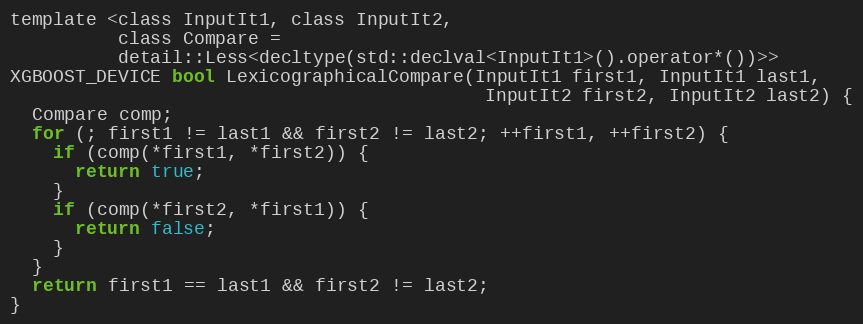
Language: C
template <class InputIt1, class InputIt2,
          class Compare =
          detail::Less<decltype(std::declval<InputIt1>().operator*())>>
XGBOOST_DEVICE bool LexicographicalCompare(InputIt1 first1, InputIt1 last1,
                                            InputIt2 first2, InputIt2 last2) {
  Compare comp;
  for (; first1 != last1 && first2 != last2; ++first1, ++first2) {
    if (comp(*first1, *first2)) {
      return true;
    }
    if (comp(*first2, *first1)) {
      return false;
    }
  }
  return first1 == last1 && first2 != last2;
}